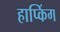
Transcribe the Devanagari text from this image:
हाप्किंग